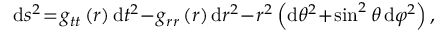
\begin{array} { r } { \begin{array} { r c l } { \displaystyle \mathrm { d } s ^ { 2 } \! = \! g _ { t t } \left( r \right) \mathrm { d } t ^ { 2 } \! - \! g _ { r r } \left( r \right) \mathrm { d } r ^ { 2 } \! - \! r ^ { 2 } \left( \mathrm { d } \theta ^ { 2 } \! + \! \sin ^ { 2 } \theta \, \mathrm { d } \varphi ^ { 2 } \right) , } \end{array} } \end{array}